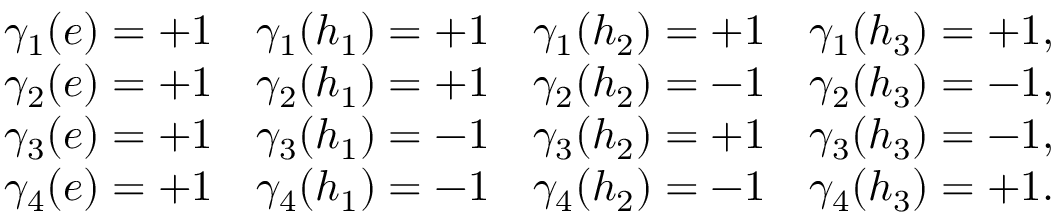
\begin{array} { l l l l } { { \gamma _ { 1 } ( e ) = + 1 } } & { { \gamma _ { 1 } ( h _ { 1 } ) = + 1 } } & { { \gamma _ { 1 } ( h _ { 2 } ) = + 1 } } & { { \gamma _ { 1 } ( h _ { 3 } ) = + 1 , } } \\ { { \gamma _ { 2 } ( e ) = + 1 } } & { { \gamma _ { 2 } ( h _ { 1 } ) = + 1 } } & { { \gamma _ { 2 } ( h _ { 2 } ) = - 1 } } & { { \gamma _ { 2 } ( h _ { 3 } ) = - 1 , } } \\ { { \gamma _ { 3 } ( e ) = + 1 } } & { { \gamma _ { 3 } ( h _ { 1 } ) = - 1 } } & { { \gamma _ { 3 } ( h _ { 2 } ) = + 1 } } & { { \gamma _ { 3 } ( h _ { 3 } ) = - 1 , } } \\ { { \gamma _ { 4 } ( e ) = + 1 } } & { { \gamma _ { 4 } ( h _ { 1 } ) = - 1 } } & { { \gamma _ { 4 } ( h _ { 2 } ) = - 1 } } & { { \gamma _ { 4 } ( h _ { 3 } ) = + 1 . } } \end{array}